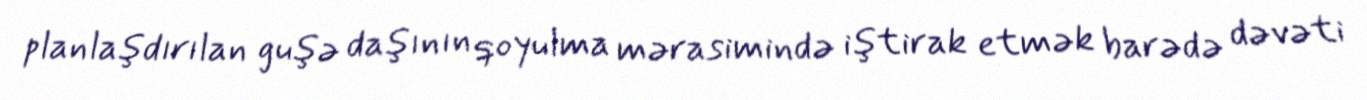
planlaşdırılan guşə daşının qoyulma mərasimində iştirak etmək barədə dəvəti